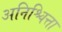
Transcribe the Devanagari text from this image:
अनिश्चित्ता